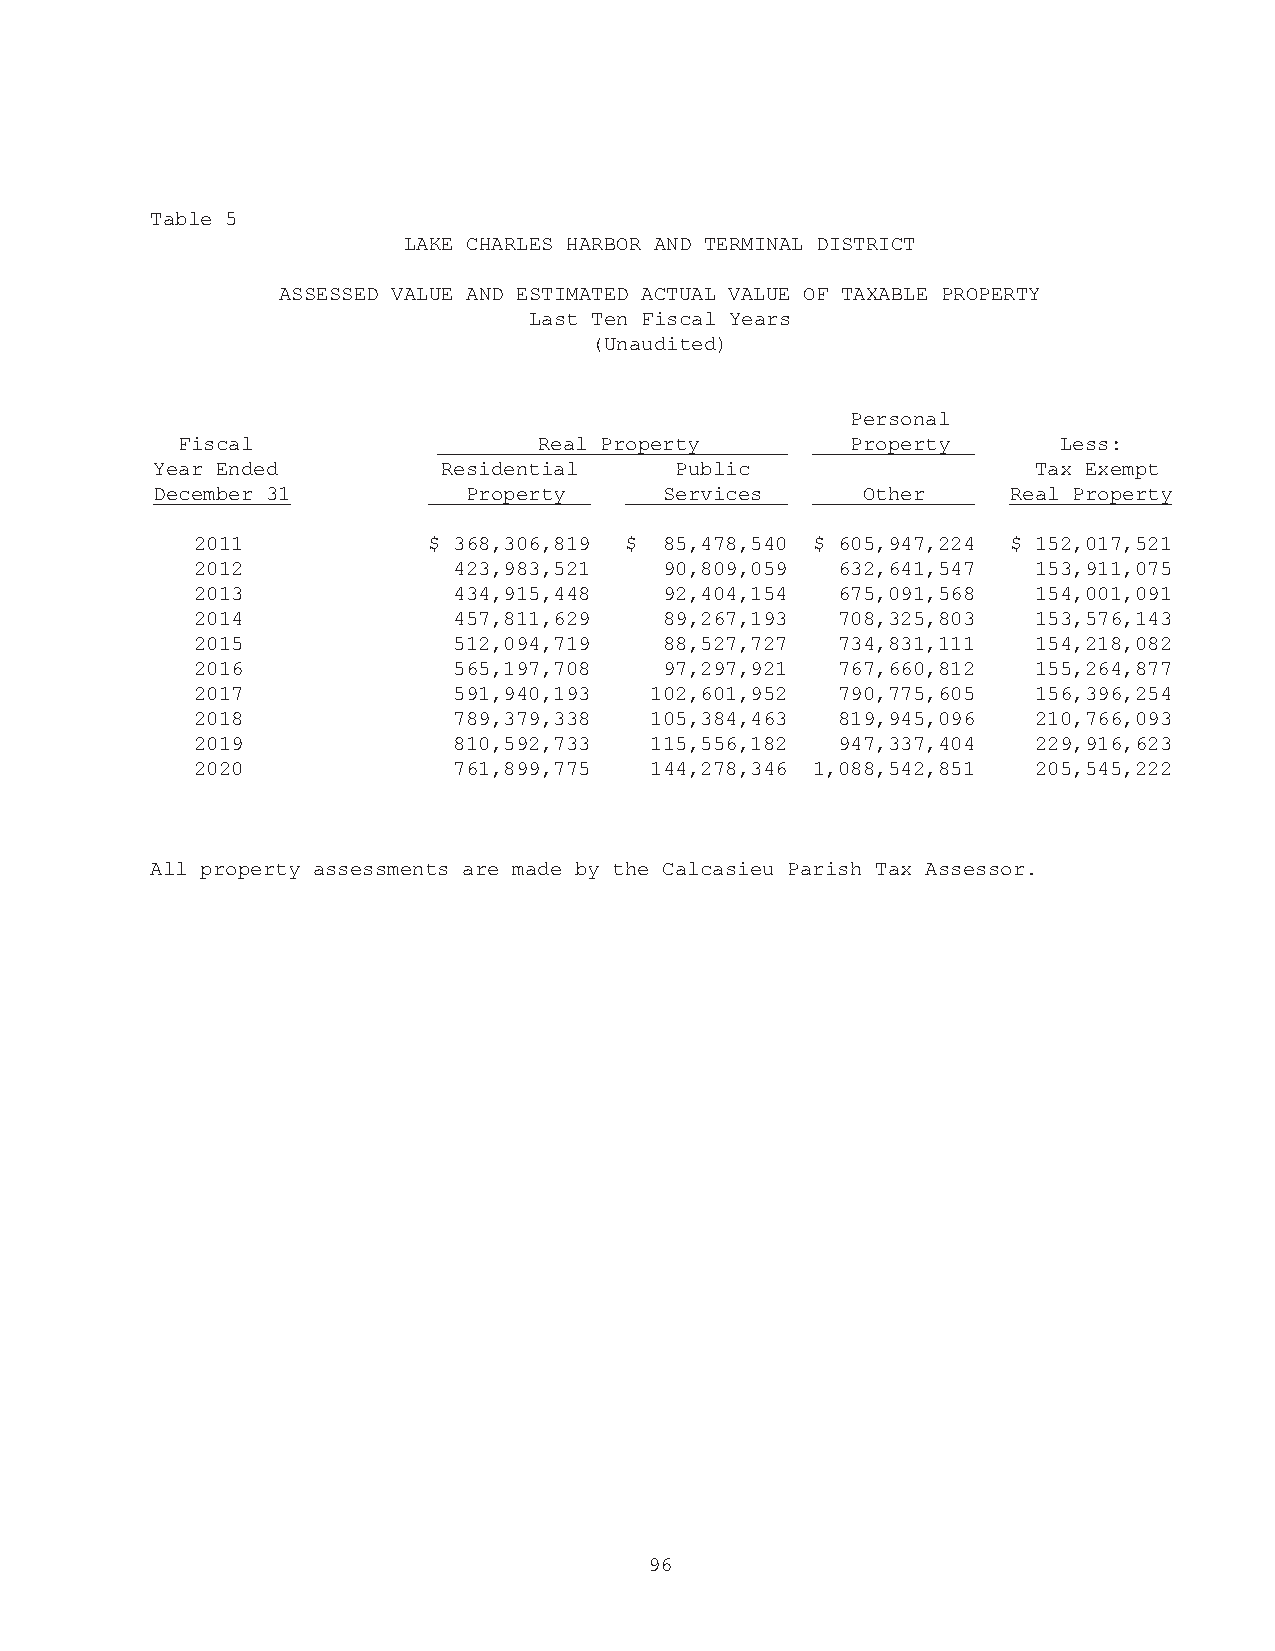
Table 5
 LAKE CHARLES HARBOR AND TERMINAL DISTRICT
 ASSESSED VALUE AND ESTIMATED ACTUAL VALUE OF TAXABLE PROPERTY
 Last Ten Fiscal Years
 (Unaudited)
 Personal
 Fiscal                  Real Property       Property      Less:
 Year Ended         Residential     Public                  Tax Exempt
 December 31          Property     Services     Other     Real Property
 2011           $ 368,306,819 $ 85,478,540 $ 605,947,224 $ 152,017,521
 2012             423,983,521   90,809,059 632,641,547   153,911,075
 2013             434,915,448   92,404,154 675,091,568   154,001,091
 2014             457,811,629   89,267,193 708,325,803   153,576,143
 2015             512,094,719   88,527,727 734,831,111   154,218,082
 2016             565,197,708   97,297,921 767,660,812   155,264,877
 2017             591,940,193  102,601,952 790,775,605   156,396,254
 2018             789,379,338  105,384,463 819,945,096   210,766,093
 2019             810,592,733  115,556,182 947,337,404   229,916,623
 2020             761,899,775  144,278,346 1,088,542,851 205,545,222
 All property assessments are made by the Calcasieu Parish Tax Assessor.
 96